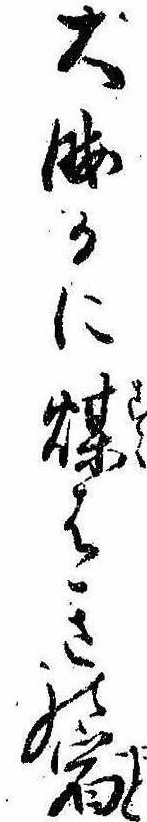
大晦日に煤はきの宿